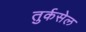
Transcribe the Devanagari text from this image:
तुर्कसेल